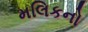
મલિકનો